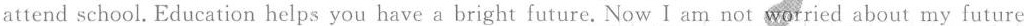
attend school.Education helps you have a bright future.